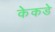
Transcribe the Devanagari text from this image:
केकडे